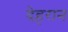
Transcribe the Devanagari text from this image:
देहरान